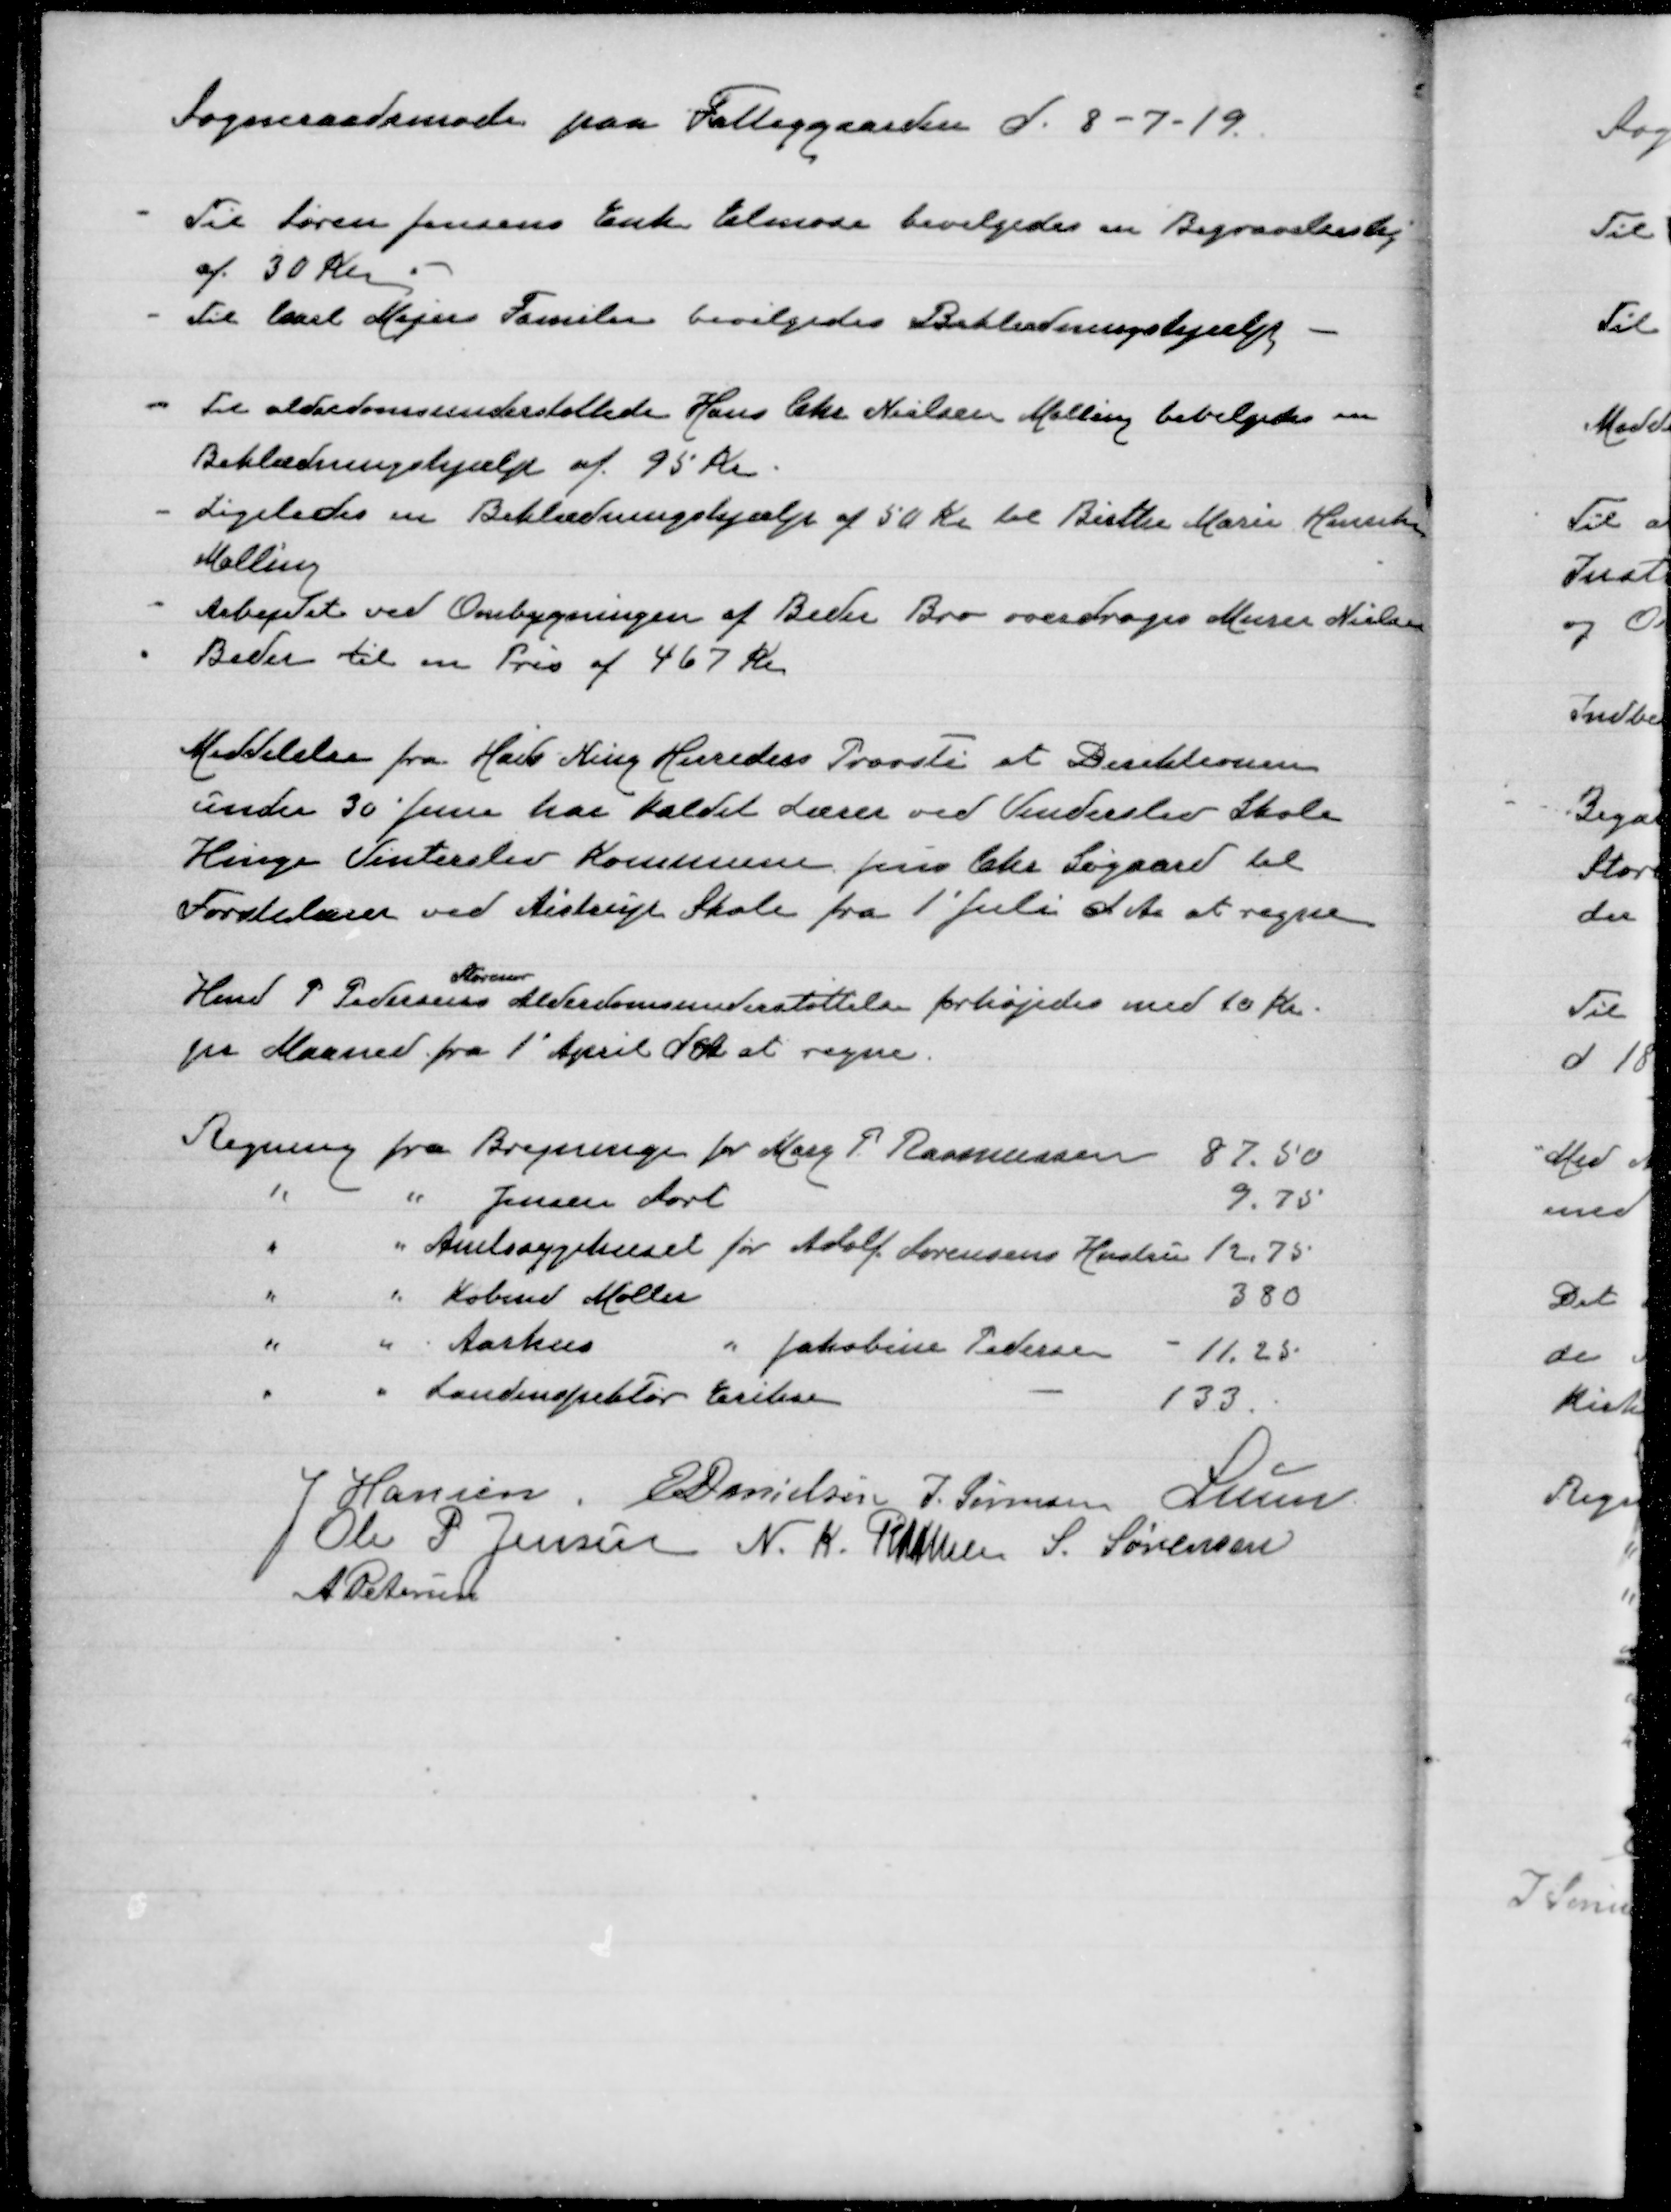
Transskription:
Sogneraadsmøde paa Fattiggaarden d. 8-7-19

Til Søren Jensens Enke Elmira bevilgedes en Begravelseshj
af 30 Kr
Til Carl Majers Familie bevilgedes Beklædningshjælp

Til alderdomsunderstøttede Hans Chr Nielsen Malling bevilgedes
Beklædningshjælp af 95 Kr
Ligeledes en Beklædningshjælp af 50 Kr til Birthe Marie Hansen
Malling
Arbejdet ved Ombygningen af Beder Bro overdroges Murer Nielsen
Beder til en Pris af 467 Kr

Meddelelse fra Hads Ning Herreders Provsti at Direktøren
under 30' Juni har kaldet Lærer ved Vinderslev Skole
Hinge Vinderslev Kommune Jens Chr Søgaard til
Førstelærer ved Aistrup Skole fra 1' Juli d. Aa. at regne

Hmd P Pedersens
Storenor
Alderdomsunderstøttelse forhøjedes med 10 Kr.
pr Maaned fra 1' Apri d A at regne.

J Hansen
E Danielsen
J. Sørensen
Lunn
Ole P Jensen
N.K. Rasmussen
S. Sørensen
A Petersen